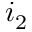
i _ { 2 }